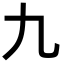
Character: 九